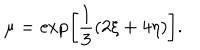
\mu = \exp \left[ \frac { 1 } { 3 } ( 2 \xi + 4 \eta ) \right] .